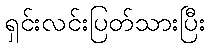
ရှင်းလင်းပြတ်သားပြီး